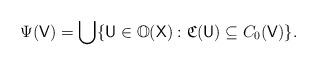
LaTeX: \begin{align*} \Psi(\mathsf V) = \bigcup \{ \mathsf U \in \mathbb O(\mathsf X) : \mathfrak C(\mathsf U) \subseteq C_0(\mathsf V)\}. \end{align*}